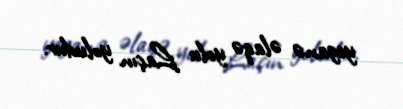
yeganə əlaqə yolu Laçın yoludur.